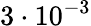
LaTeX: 3\cdot 10^{-3}